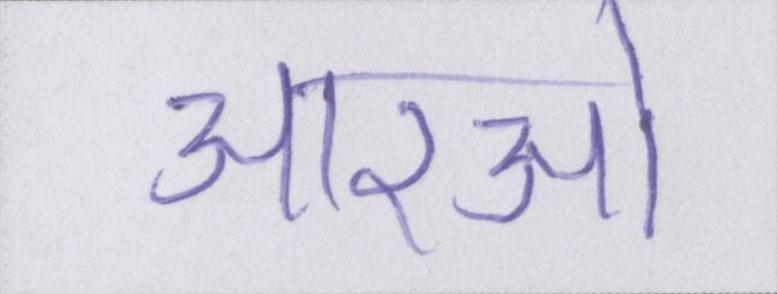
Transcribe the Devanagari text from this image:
आरओ